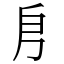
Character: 㐆